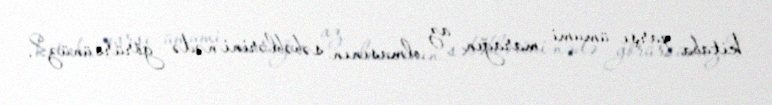
kitaba qarşı ümumi marağın az olmasının səbəblərini nədə görürsünüz?.